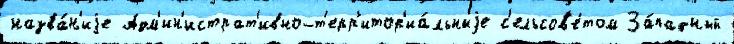
назва́н'иjе Адм'ин'истрат'ивно-т'ерр'итор'иа́льныjе с'ельсов'е́том За́падный